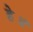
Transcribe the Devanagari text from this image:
हे॥